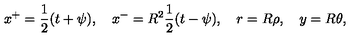
x ^ { + } = \frac 1 2 ( t + \psi ) , \quad x ^ { - } = R ^ { 2 } \frac 1 2 ( t - \psi ) , \quad r = R \rho , \quad y = R \theta ,